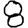
Digit: 8